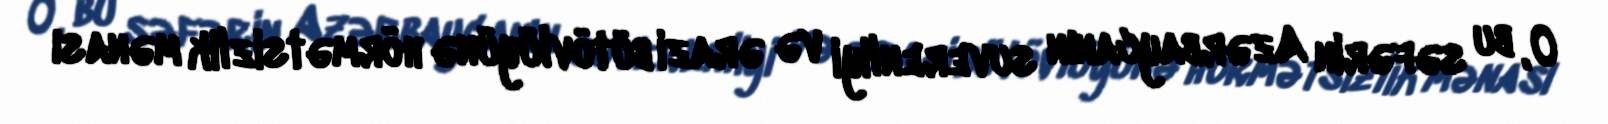
O, bu səfərin Azərbaycanın suverenliyi və ərazi bütövlüyünə hörmətsizlik mənası